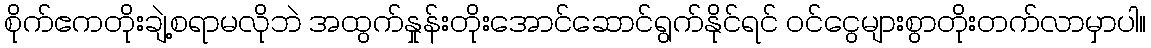
စိုက်ဧကတိုးချဲ့စရာမလိုဘဲ အထွက်နှုန်းတိုးအောင်ဆောင်ရွက်နိုင်ရင် ဝင်ငွေများစွာတိုးတက်လာမှာပါ။